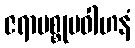
ဇရာမစ္စုပဝါဟနံ